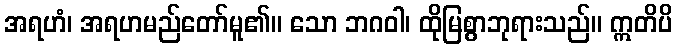
အရဟံ၊ အရဟမည်တော်မူ၏။ သော ဘဂဝါ၊ ထိုမြစွာဘုရားသည်။ ဣတိပိ